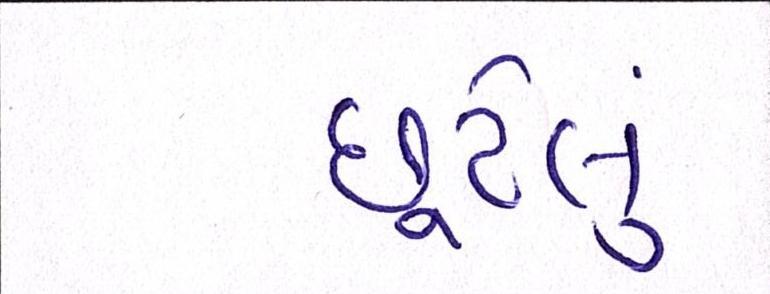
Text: છૂટેલું